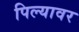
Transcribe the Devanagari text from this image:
पिल्यावर